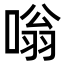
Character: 嗡